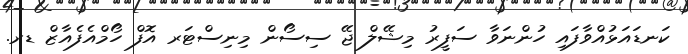
ކަނޑައަޅުއްވާފައި ހުންނަވާ ސަފީރު މިޝޭލް ޖޭ ސިސޯން މިނިސްޓަރ އޮފް ހޯމްއެފެއާޒް ޑރ.